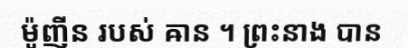
ម៉ូញីន របស់ ឝាន ។ ព្រះនាង បាន